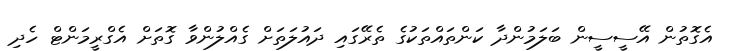
އެގޮތުން އޭސީސީން ބަލަމުންދާ ކަންތައްތަކުގެ ތެރޭގައި ދައުލަތަށް ގެއްލުންވާ ގޮތަށް އެގްރީމަންޓް ހެދި